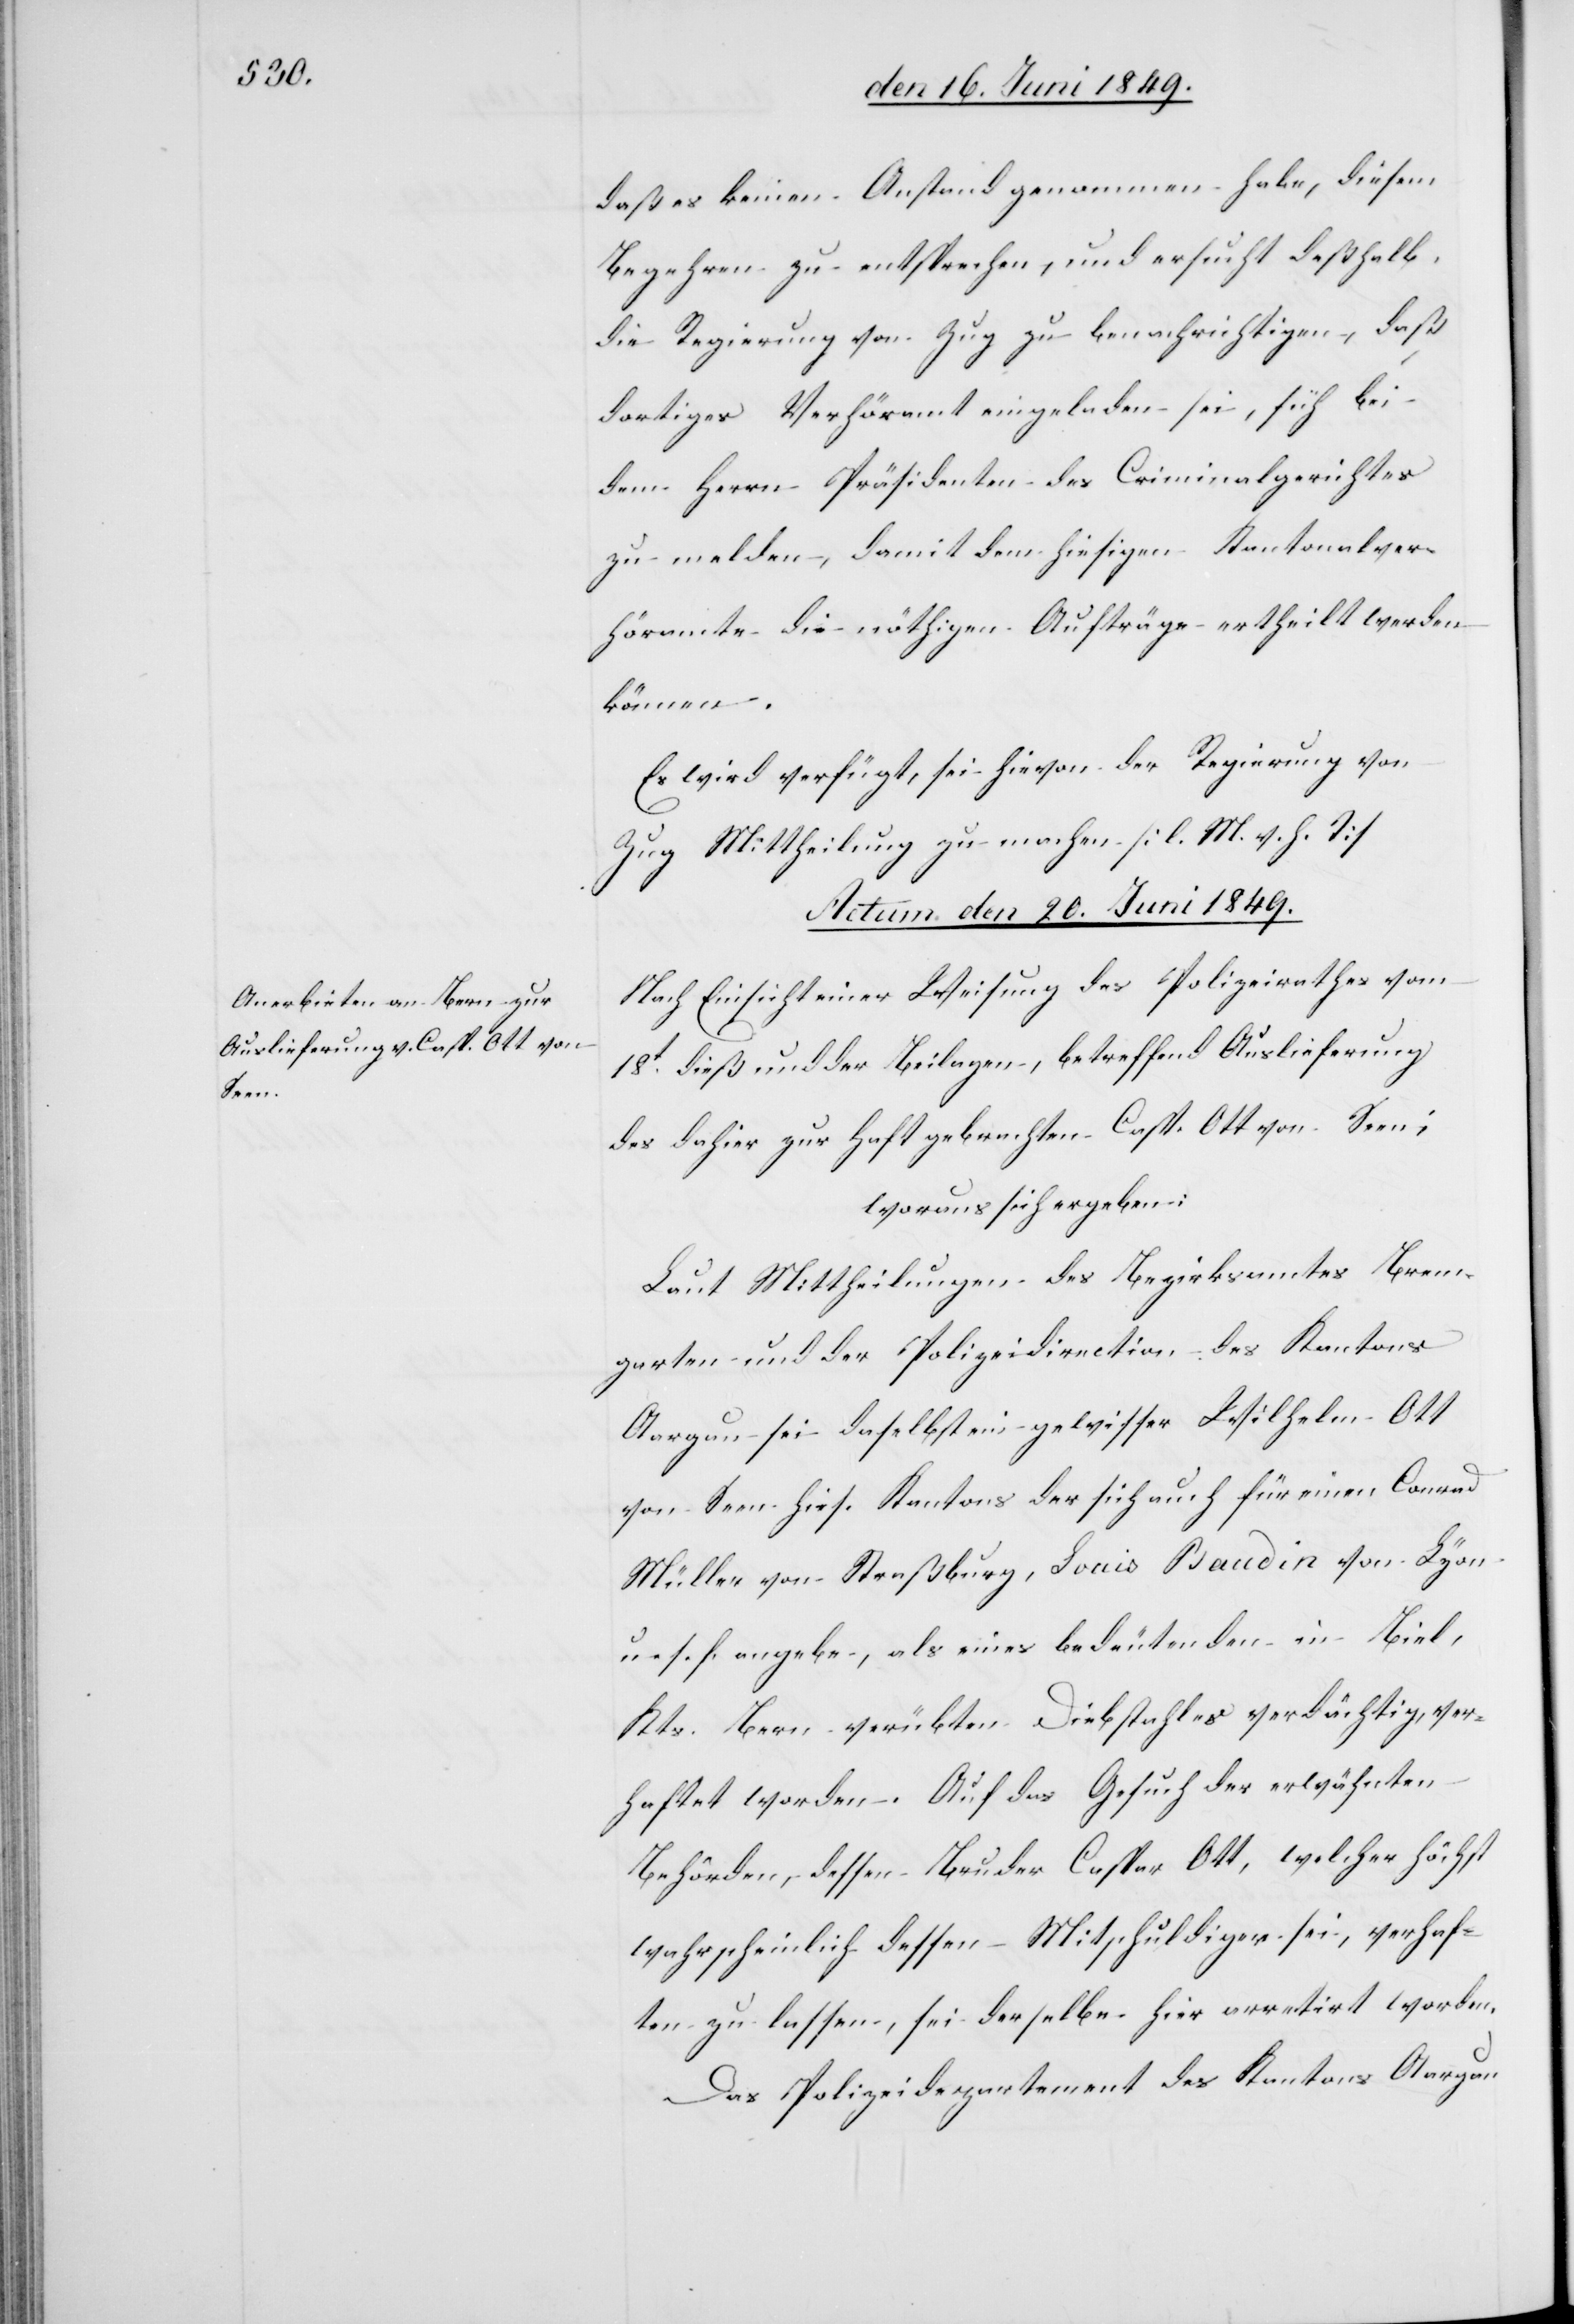
daß es keinen Anstand genommen habe, diesem
Begehren zu entsprechen, und ersucht deßhalb,
die Regierung von Zug zu benachrichtigen, daß
dortiges Verhöramt eingeladen sei, sich bei
dem Herrn Präsidenten des Criminalgerichtes
zu melden, damit dem hiesigen Kantonalver¬
höramte die nöthigen Aufträge ertheilt werden
können.
Es wird verfügt, sei hievon der Regierung von
Zug Mittheilung zu machen [l. M. h. T][.]
Actum den 20. Juni 1849.
Nach Einsicht einer Weisung des Polizeirathes vom
18t dieß und der Beilagen, betreffend Auslieferung
des dahier zur Haft gebrachten Casp. Ott von Seen;
woraus sich ergeben:
Laut Mittheilungen des Bezirksamtes Brem¬
garten und der Polizeidirection des Kantons
Aargau sei daselbst ein gewisser Wilhelm Ott
von Seen hies. Kantons der sich auch für einen Conrad
Müller von Straßburg, Louis Baudin von Lyon
u. s. f. angebe, als eines bedeutenden in Biel,
Kts. Bern verübten Diebstahles verdächtig, ver¬
haftet worden. Auf das Gesuch der erwähnten
Behörden, dessen Bruder Caspar Ott, welcher höchst
wahrscheinlich dessen Mitschuldiger sei, verhaf¬
ten zu lassen, sei derselbe hier arretirt worden.
Das Polizeidepartement des Kantons Aargau